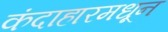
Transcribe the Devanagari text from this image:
कंदाहारमधून